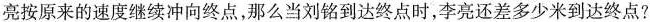
亮按原来的速度继续冲向终点，那么当刘铭到达终点时，李亮还差多少米到达终点?